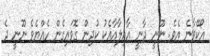
އޯކޭވާނެ އެވެ. ނޫނީ ދާނީ އާއިލާއާއެކު ކުދިން ގޮވައިގެން ހެއްޔެވެ ނޫނީ ދެ